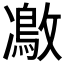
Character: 𠘜